Annual report of the Prince of Wales Medical College, Patna
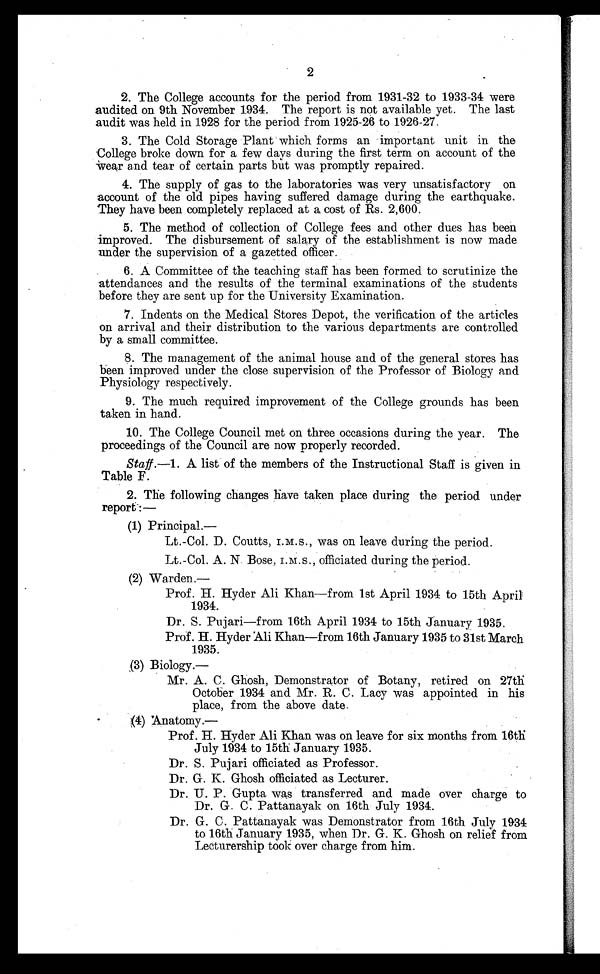
2
2. The College accounts for the period from 1931-32 to 1933-34 were
audited on 9th November 1934. The report is not available yet. The last
audit was held in 1928 for the period from 1925-26 to 1926-27.
3. The Cold Storage Plant which forms an important unit in the
College broke down for a few days during the first term on account of the
wear and tear of certain parts but was promptly repaired.
4. The supply of gas to the laboratories was very unsatisfactory on
account of the old pipes having suffered damage during the earthquake.
T h e y h a v e b e e n c o m p l e t e l y r e p l a c e d a t a c o s t o f R s . 2 , 6 0 0 .
5. The method of collection of College fees and other dues has been
improved. The disbursement of salary of the establishment is now made
under the supervision of a gazetted officer.
6. A Committee of the teaching staff has been formed to scrutinize the
attendances and the results of the terminal examinations of the students
before they are sent up for the University Examination.
7. Indents on the Medical Stores Depot, the verification of the articles
on arrival and their distribution to the various departments are controlled
by a small committee.
8. The management of the animal house and of the general stores has
been improved under the close supervision of the Professor of Biology and
Physiology respectively.
9. The much required improvement of the College grounds has been
taken in hand.
10. The College Council met on three occasions during the year. The
proceedings of the Council are now properly recorded.
Staff.— 1. A list of the members of the Instructional Staff is given in
Table F.
2. The following changes have taken place during the period under
report: —
( 1) Pr i nci pal .
—
Lt.-Col. D. Coutts, I.M.S., was on leave during the period.
Lt.-Col. A. N. Bose, I.M.S., officiated during the period.
(2) Warden.—
Prof. H. Hyder Ali Khan—from 1st April 1934 to 15th April
1934.
Dr. S. Pujari—from 16th April 1934 to 15th January 1935.
Prof. H. Hyder Ali Khan—from 16th January 1935 to 31st March
1935.
( 3 ) B i o l o g y . —
Mr. A. C. Ghosh, Demonstrator of Botany, retired on 27th
October 1934 and Mr. R. C. Lacy was appointed in his
place, from the above date.
(4) Anatomy.—
Prof. H. Hyder Ali Khan was on leave for six months from 16th
July 1934 to 15th January 1935.
Dr. S. Pujari officiated as Professor.
Dr. G. K. Ghosh officiated as Lecturer.
Dr. U. P. Gupta was transferred and made over charge to
Dr. G. C. Pattanayak on 16th July 1934.
Dr. G. C. Pattanayak was Demonstrator from 16th July 1934
to 16th January 1935, when Dr. G. K. Ghosh on relief from
Lecturership took over charge from him.